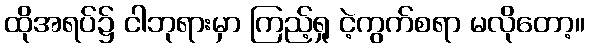
ထိုအရပ်၌ ငါဘုရားမှာ ကြည့်ရှု ငဲ့ကွက်စရာ မလိုတော့။